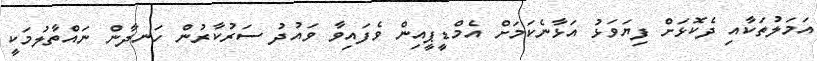
އަމަލުތަކާއި ދެކޮޅަށް ފިޔަވަޅު އަޅާނެކަމަށް އެމްޑީޕީއިން ވެފައިވާ ވައުދު ސަރުކާރުން ހަނދާން ނައްތާލުމަކީ